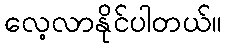
လေ့လာနိုင်ပါတယ်။